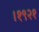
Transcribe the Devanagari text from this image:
।१९२१